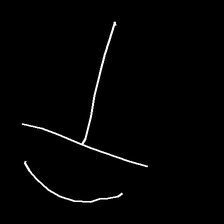
Glyph: dispersion